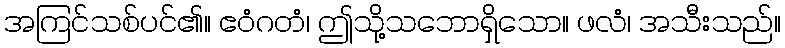
အကြင်သစ်ပင်၏။ ဧဝံဂတံ၊ ဤသို့သဘောရှိသော။ ဖလံ၊ အသီးသည်။